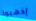
إذهبوا